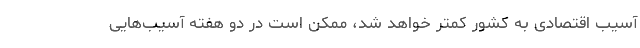
آسیب اقتصادی به کشور کمتر خواهد شد، ممکن است در دو هفته آسیب‌هایی